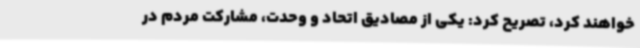
خواهند کرد، تصریح کرد: یکی از مصادیق اتحاد و وحدت، مشارکت مردم در